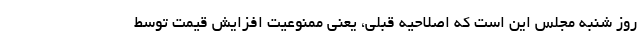
روز شنبه مجلس این است که اصلاحیه قبلی، یعنی ممنوعیت افزایش قیمت توسط